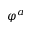
\varphi ^ { a }